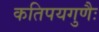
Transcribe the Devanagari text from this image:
कतिपयगुणैः